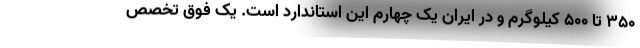
۳۵۰ تا ۵۰۰ کیلوگرم و در ایران یک چهارم این استاندارد است. یک فوق تخصص